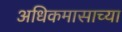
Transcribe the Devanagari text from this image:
अधिकमासाच्या